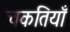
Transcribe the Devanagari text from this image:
चकतियाँ